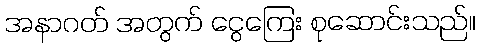
အနာဂတ် အတွက် ငွေကြေး စုဆောင်းသည်။